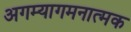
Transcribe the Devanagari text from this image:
अगम्यागमनात्मक